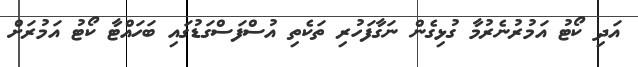
އަދި ކޯޓު އަމުރުނެރުމާ ގުޅިގެން ނަގާފަހުރި ތަކެތި އުސްފަސްގަޑުގައި ބަހައްޓާ ކޯޓު އަމުރަށް